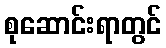
စုဆောင်းရာတွင်